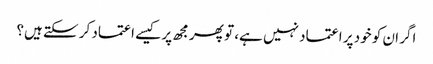
اگر ان کو خود پر اعتماد نہیں ہے، تو پھر مجھ پر کیسے اعتماد کر سکتے ہیں؟